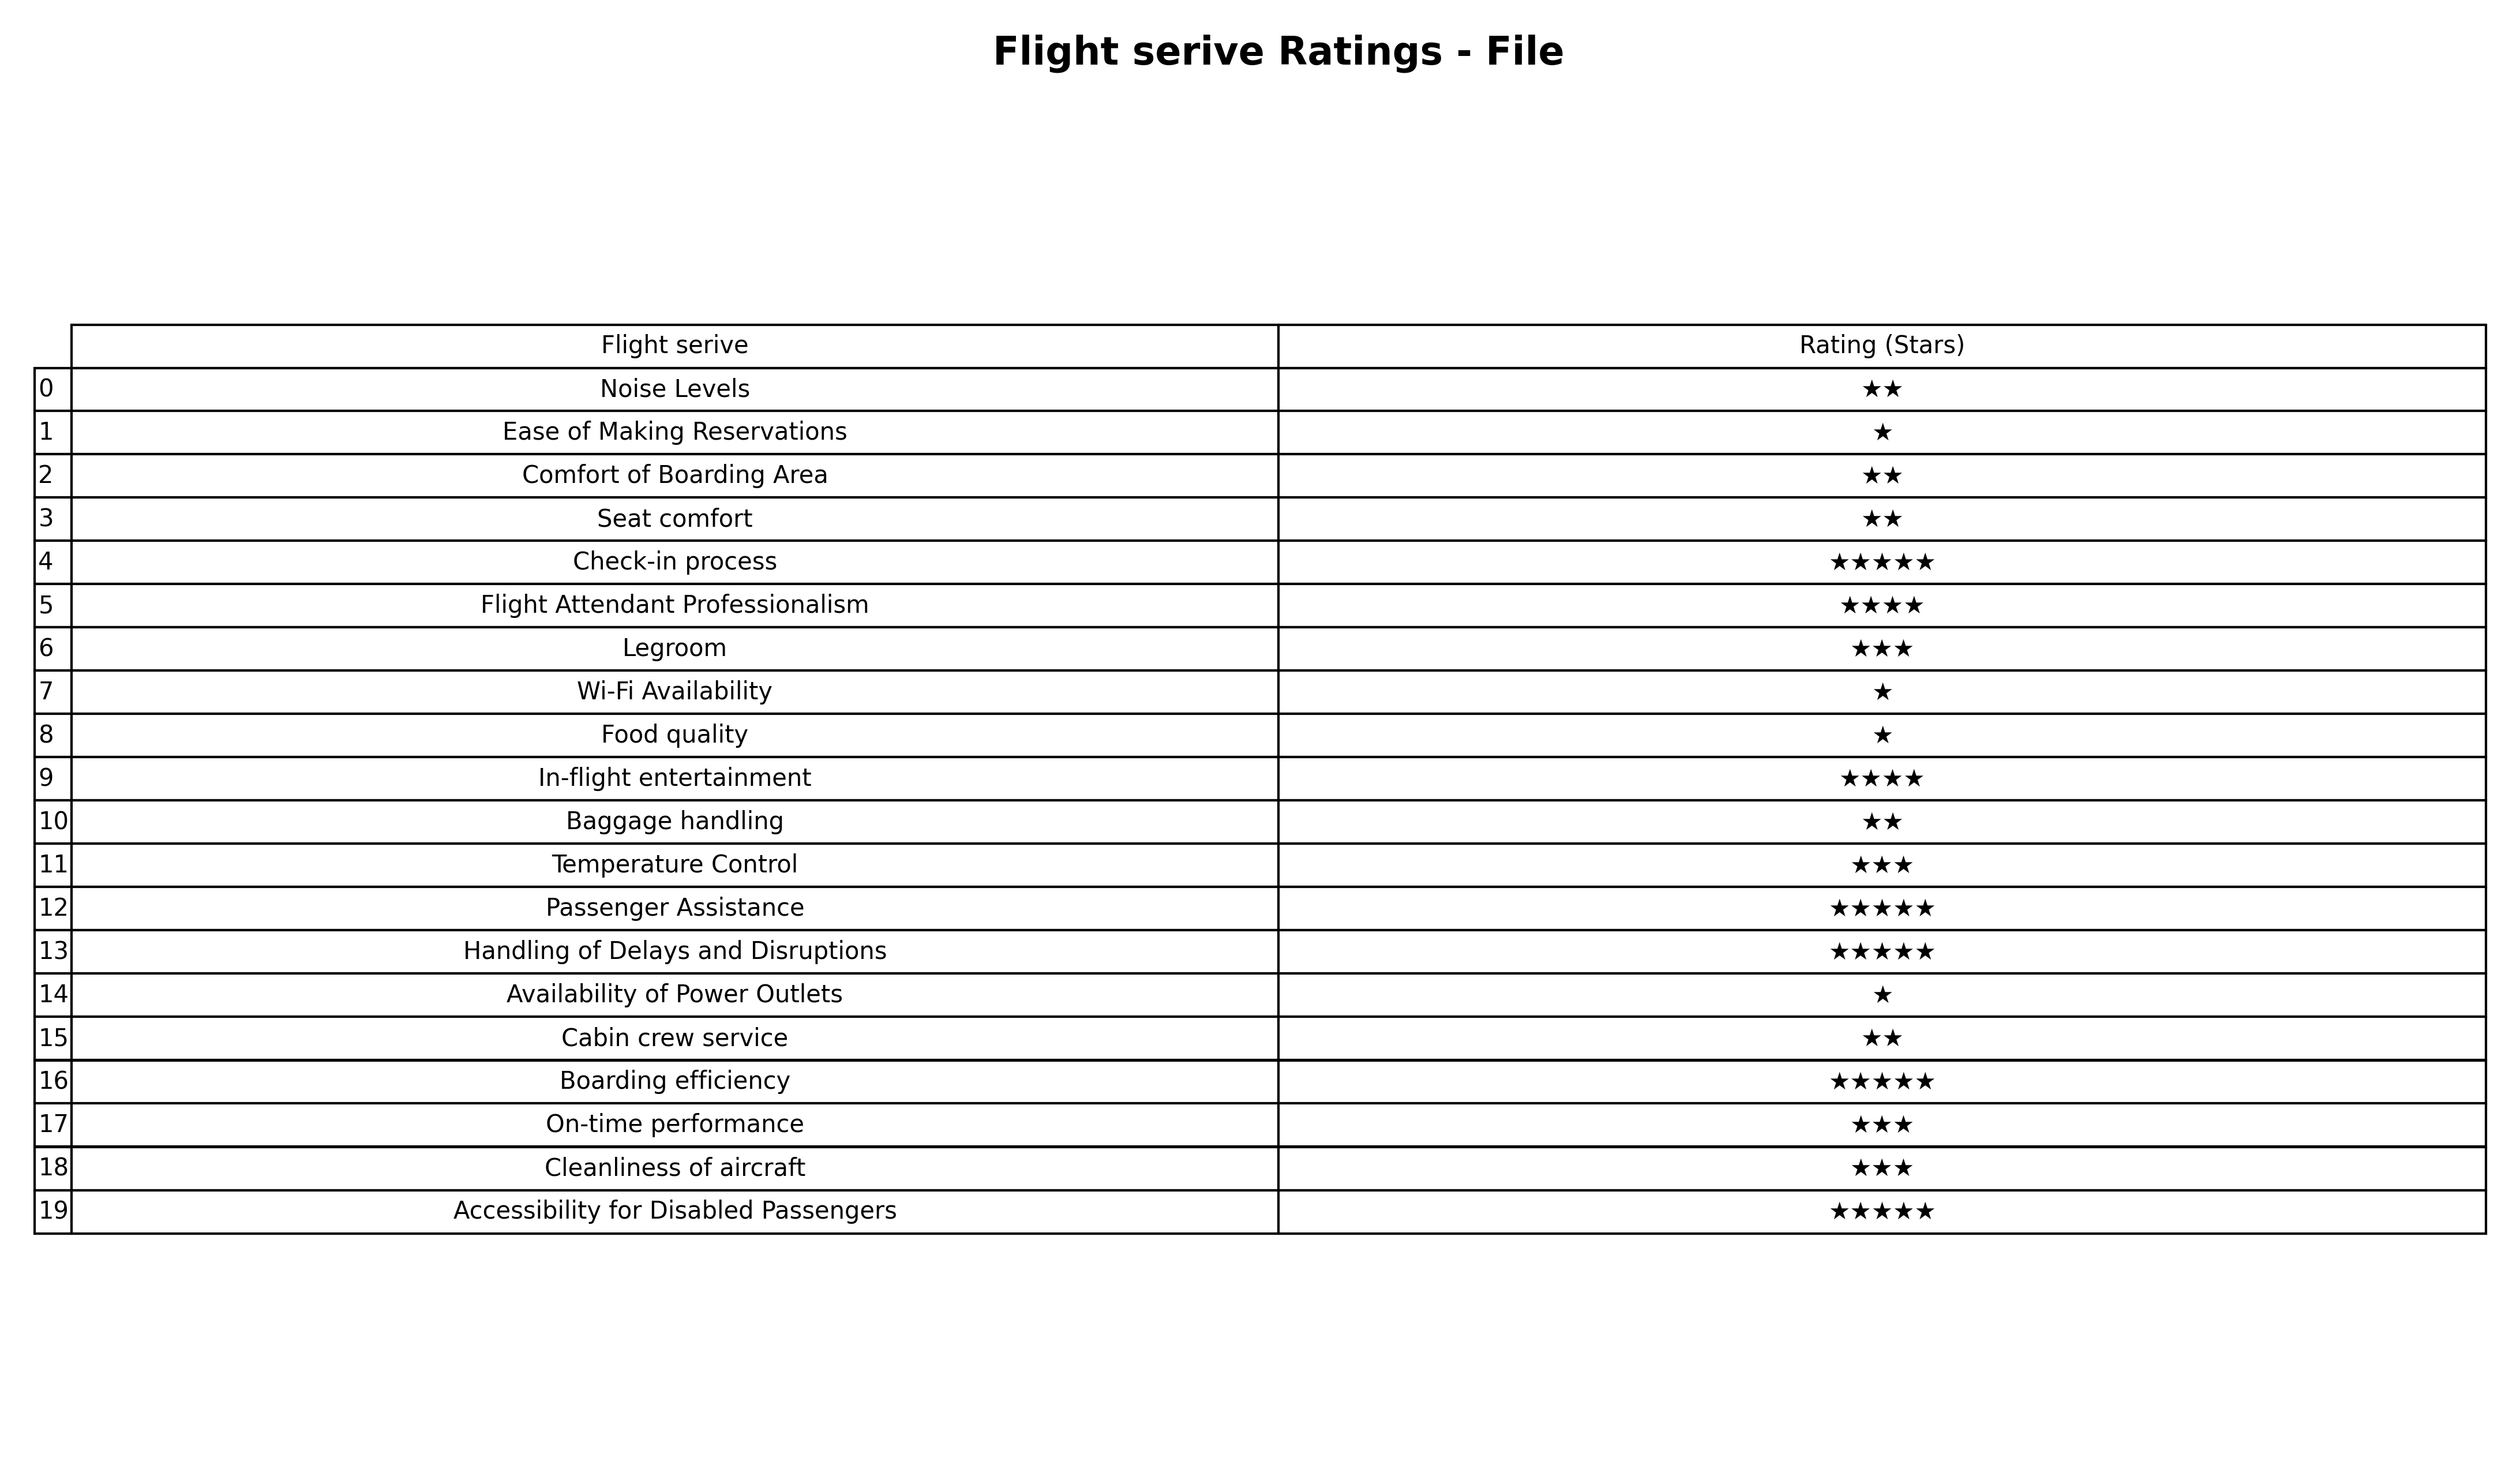
question: What is the rating of Wi-Fi Availability?
answer: ★